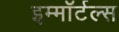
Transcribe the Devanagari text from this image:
इम्माॅर्टल्स